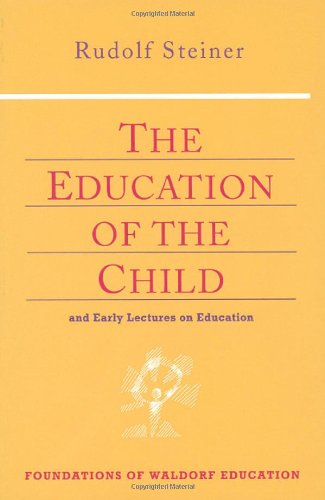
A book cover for The Education of the Child: And Early Lectures on Education (Foundations of Waldorf Education, 25); Rudolf Steiner; Religion & Spirituality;